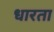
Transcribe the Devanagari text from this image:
धारता